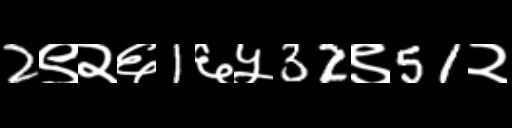
Text: 2९२६1६५32९51२